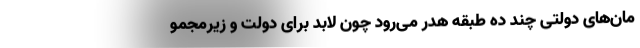
مان‌های دولتی چند ده طبقه هدر می‌رود چون لابد برای دولت و زیرمجمو